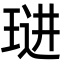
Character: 琎